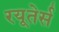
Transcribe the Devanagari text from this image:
रयूतेर्स